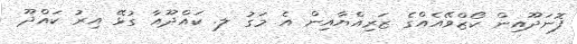
ފޮނަދޫއިން ކޯޒްވޭއެއްގެ ޒަރިއްޔާއިން އެ މަގު ލ. ކައްދޫއާ ގުޅޭ އިރު ކައްދޫ